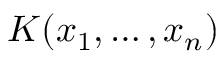
K ( x _ { 1 } , \ldots , x _ { n } )